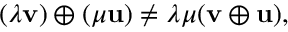
( \lambda \mathbf { v } ) \oplus ( \mu \mathbf { u } ) \neq \lambda \mu ( \mathbf { v } \oplus \mathbf { u } ) ,